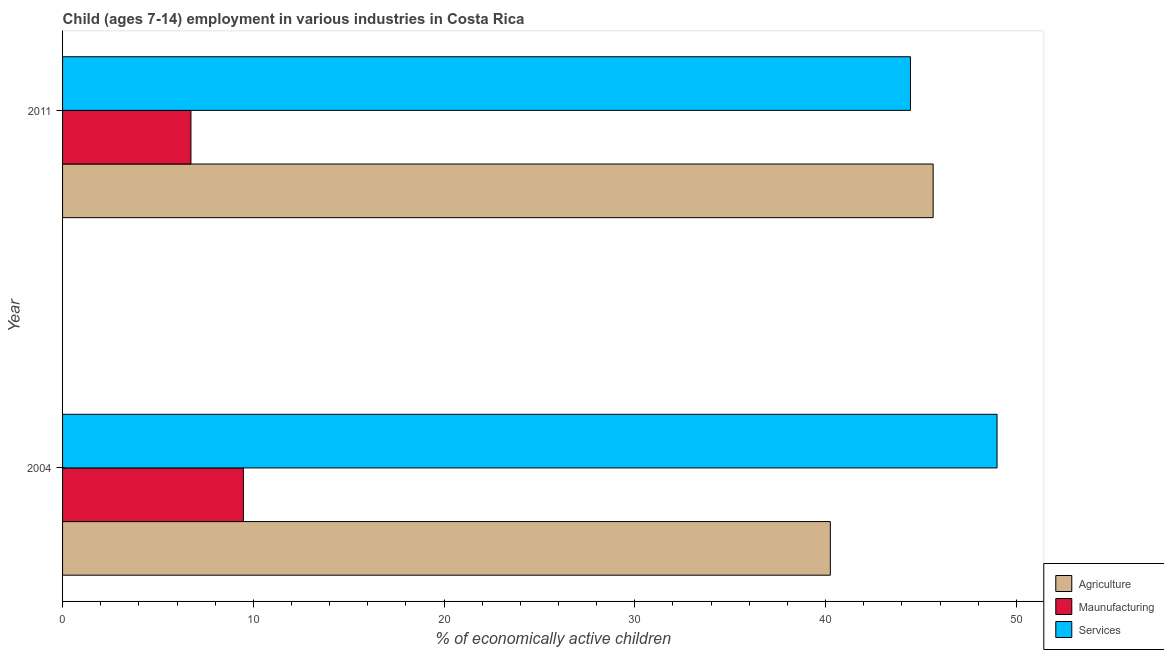
| Year | Agriculture | Maunufacturing | Services |
 | --- | --- | --- | --- |
 | 2004 | 40.2 | 9.48 | 49 |
 | 2011 | 45.6 | 6.73 | 44.5 |